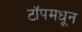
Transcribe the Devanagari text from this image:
टॉपमधून